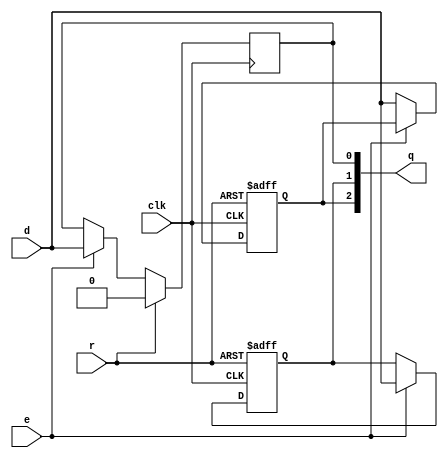
`define MAXQ 2
module uut (
	input clk,
	input d, r, e,
	output [`MAXQ:0] q
);
	reg q0;
	always @(posedge clk) begin
		if (r)
			q0 <= 0;
		else if (e)
			q0 <= d;
	end

	reg q1;
	always @(posedge clk, posedge r) begin
		if (r)
			q1 <= 0;
		else if (e)
			q1 <= d;
	end

	reg q2;
	always @(posedge clk, negedge r) begin
		if (!r)
			q2 <= 0;
		else if (!e)
			q2 <= d;
	end

	assign q = {q2, q1, q0};
endmodule

`ifdef TESTBENCH
module \$ff #(
	parameter integer WIDTH = 1
) (
	input [WIDTH-1:0] D,
	output reg [WIDTH-1:0] Q
);
	wire sysclk = testbench.sysclk;
	always @(posedge sysclk)
		Q <= D;
endmodule

module testbench;
	reg sysclk;
	always #5 sysclk = (sysclk === 1'b0);

	reg clk;
	always @(posedge sysclk) clk = (clk === 1'b0);

	reg d, r, e;

	wire [`MAXQ:0] q_uut;
	uut uut (.clk(clk), .d(d), .r(r), .e(e), .q(q_uut));

	wire [`MAXQ:0] q_syn;
	syn syn (.clk(clk), .d(d), .r(r), .e(e), .q(q_syn));

	wire [`MAXQ:0] q_prp;
	prp prp (.clk(clk), .d(d), .r(r), .e(e), .q(q_prp));

	wire [`MAXQ:0] q_a2s;
	a2s a2s (.clk(clk), .d(d), .r(r), .e(e), .q(q_a2s));

	wire [`MAXQ:0] q_ffl;
	ffl ffl (.clk(clk), .d(d), .r(r), .e(e), .q(q_ffl));

	task printq;
		reg [5*8-1:0] msg;
		begin
			msg = "OK";
			if (q_uut !== q_syn) msg = "SYN";
			if (q_uut !== q_prp) msg = "PRP";
			if (q_uut !== q_a2s) msg = "A2S";
			if (q_uut !== q_ffl) msg = "FFL";
			$display("%6t %b %b %b %b %b %s", $time, q_uut, q_syn, q_prp, q_a2s, q_ffl, msg);
			if (msg != "OK") $finish;
		end
	endtask

	initial if(0) begin
		$dumpfile("async.vcd");
		$dumpvars(0, testbench);
	end

	initial begin
		@(posedge clk);
		d <= 0;
		r <= 0;
		e <= 0;
		@(posedge clk);
		e <= 1;
		@(posedge clk);
		e <= 0;
		repeat (10000) begin
			@(posedge clk);
			printq;
			d <= $random;
			r <= $random;
			e <= $random;
		end
		$display("PASS");
		$finish;
	end
endmodule
`endif